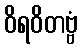
ဝိရဝိတဗ္ဗံ